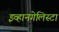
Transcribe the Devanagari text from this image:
इव्हानगेलिस्टा